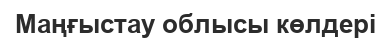
Маңғыстау облысы көлдері